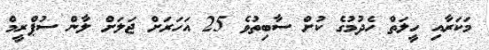
މަކަރާއި ހީލަތް ހެދުމުގެ ކުށް ސާބިތުވެ 25 އަހަރަށް ޖަލަށް ލާން ސުޕްރީމް